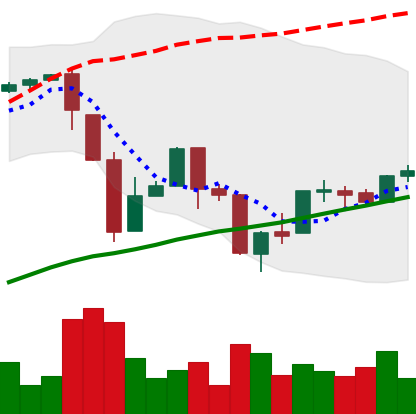
Ticker: BTC-USD
Chart end date: 2017-04-01
Forward return: 9.457%
Label: up_7plus